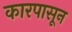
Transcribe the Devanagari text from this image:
कारपासून